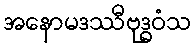
အနောမဒဿီဗုဒ္ဓဝံသ